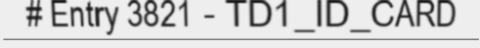
# Entry 3821 - TD1_ID_CARD